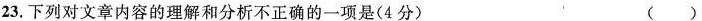
23.下列对文章内容的理解和分析不正确的一项是(4分) ( )